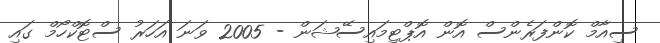
ސިއާމް ކޮންފަރެންސް އޮން އޮޕްޓިމައިސޭޝަން - 2005 ވަނަ އަހަރު ސްޓޮކްހޯމް ގައި